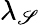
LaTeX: \lambda_{\mathscr{S}}